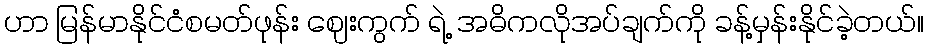
ဟာ မြန်မာနိုင်ငံစမတ်ဖုန်း ဈေးကွက် ရဲ့ အဓိကလိုအပ်ချက်ကို ခန့်မှန်းနိုင်ခဲ့တယ်။